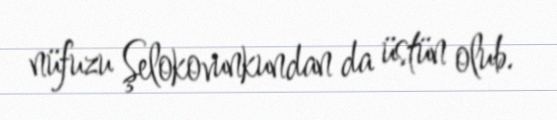
nüfuzu Şelokovunkundan da üstün olub.